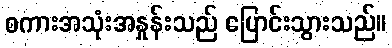
စကားအသုံးအနှုန်းသည် ပြောင်းသွားသည်။